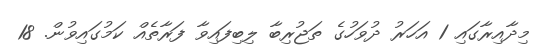
މިދާއިރާގައި 1 އަހަރު ދުވަހުގެ ތަޖުރިބާ ލިބިފައިވާ ފަރާތެއް ކަމުގައިވުން. 18